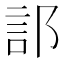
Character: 𫑟